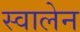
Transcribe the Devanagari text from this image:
स्वालेन